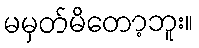
မမှတ်မိတော့ဘူး။